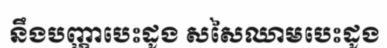
នឹងបញ្ហាបេះដូង សសៃឈាមបេះដូង